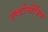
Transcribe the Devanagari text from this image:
एक्टोमोर्फिक